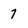
Character: 7